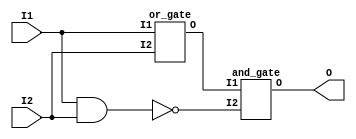

module xor_gate(I1,I2,O);
	input I1,I2;
	output O;
        wire W1,W2;
	or_gate or1(
          .I1 (I1),
	  .I2 (I2),
	  .O (W1)
	  );
        nand(W2,I1,I2);
        and_gate and1(
          .I1 (W1),
	  .I2 (W2),
	  .O (O)
	  );
        
endmodule
module and_gate(I1,I2,O);
	input I1,I2;
	output O;
        wire W;
	nand(W,I1,I2);
        nand(O,W,W);
endmodule

module or_gate(I1,I2,O);
	input I1,I2;
	output O;
        wire W1,W2;
	nand(W1,I1,I1);
        nand(W2,I2,I2);
        nand(W2,I2,I2);
	nand(O,W1,W2);
endmodule